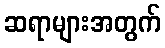
ဆရာများအတွက်